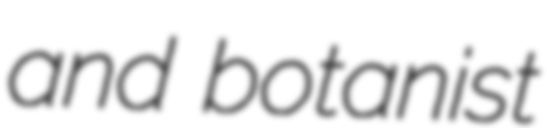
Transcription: and botanist